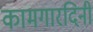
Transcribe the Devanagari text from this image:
कामगारदिनी